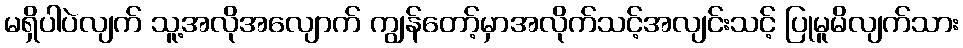
မရှိပါပဲလျက် သူ့အလိုအလျောက် ကျွန်တော့်မှာအလိုက်သင့်အလျင်းသင့် ပြုမူမိလျက်သား